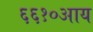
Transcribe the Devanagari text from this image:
६६१०आय